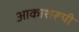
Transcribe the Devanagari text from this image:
आकाशरूपी